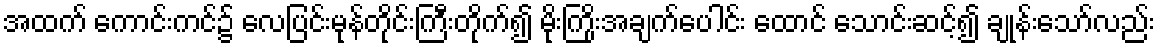
အထက် ကောင်းကင်၌ လေပြင်းမုန်တိုင်းကြီးတိုက်၍ မိုးကြိုးအချက်ပေါင်း ထောင် သောင်းဆင့်၍ ချုန်းသော်လည်း